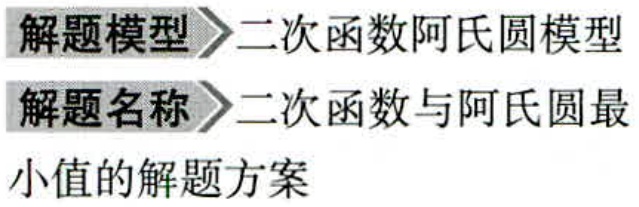
解题模型$\rightharpoonup$二次函数阿氏圆模型
解题名称$\rightharpoonup$二次函数与阿氏圆最小值的解题方案